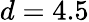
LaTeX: d=4.5